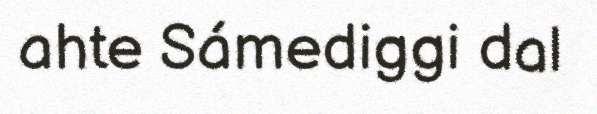
ahte Sámediggi dal